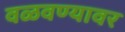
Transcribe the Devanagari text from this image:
वळवण्यावर